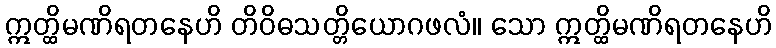
ဣတ္ထိမဏိရတနေဟိ တိဝိဓသတ္တိယောဂဖလံ။ သော ဣတ္ထိမဏိရတနေဟိ